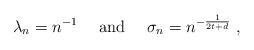
\begin{align*}\lambda_n = n^{- 1} ~~~~ \textrm{and} ~~~~ \sigma_n = n^{- \frac{1}{2 t + d}} \ , \end{align*}